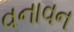
વનાવન